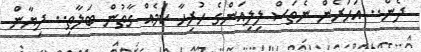
ދެން.. އަހަރެން ނެތަސް ލިލިއަންގެ ހުރިހާ ކަމެއް ގާތުން ބަލާތި.. ދިޔާން